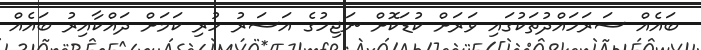
ބައެއް ސަރަަހައްދުތަކުގައި ވަރަށް ކުޑަކޮށް ނަޖިހުގެ އަސަރު ހުރި ކަމަށް ދައްކާއިރު ބައެއް